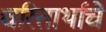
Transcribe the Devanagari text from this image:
चरितार्थाचे